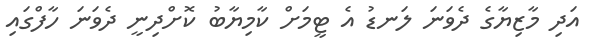
އަދި މާޒިޔާގެ ދެވަނަ ލަނޑު އެ ޓީމަށް ކާމިޔާބު ކޮށްދިނީ ދެވަނަ ހާފްގައި